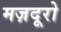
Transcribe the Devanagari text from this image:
मज़दूरो